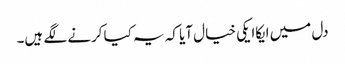
دل میں ایکاایکی خیال آیا کہ یہ کیا کرنے لگے ہیں۔